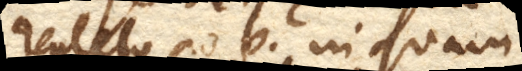
repleto ad b. in quam